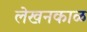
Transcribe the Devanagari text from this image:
लेखनकाळ